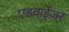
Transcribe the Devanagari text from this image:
एडवाईज़र